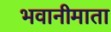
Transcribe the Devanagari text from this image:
भवानीमाता